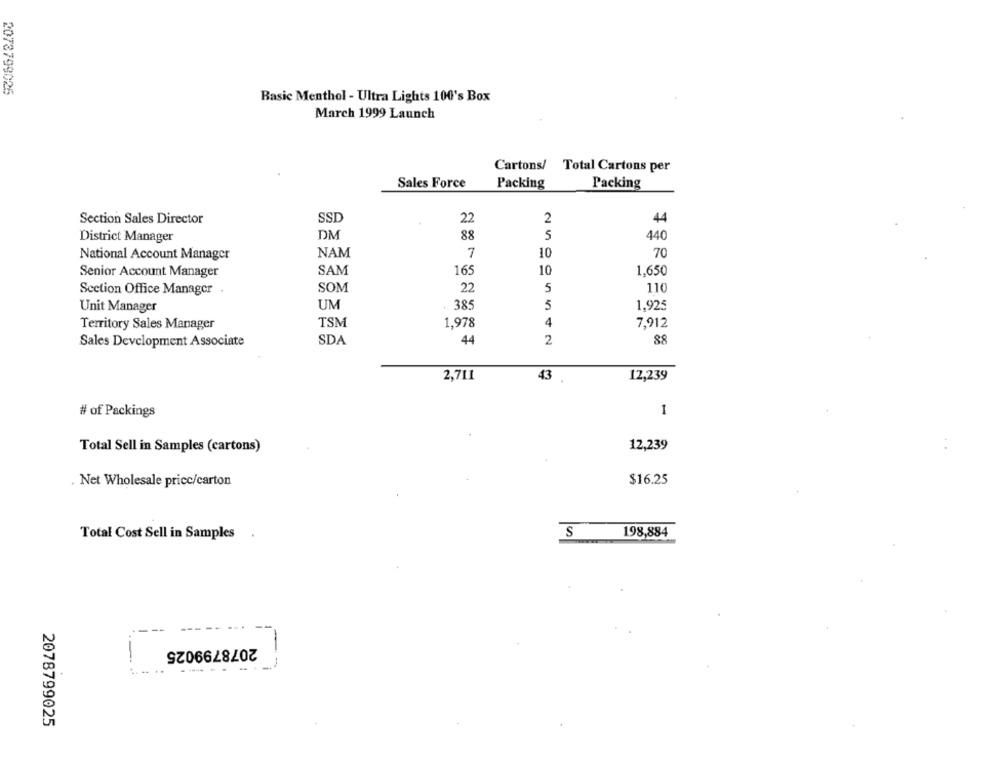
2078799025
Basic Menthol - Ultra Lights 100's Box
March 1999 Launch
Cartons/ Total Cartons per
Sales Force
Packing
Packing
Section Sales Director
SSD
22
2
44
DM
88
5
440
District Manager
National Account Manager
NAM
7
10
70
Senior Account Manager
SAM
165
10
1.650
SOM
22
5
11
Section Office Manager .
5
Unit Manager
UM
385
1.925
Territory Sales Manager
TSM
1,978
4
7,912
Sales Development Associate
SDA
44
2
88
2,711
43
12,239
1
# of Packings
Total Sell in Samples (cartons)
12,239
. Net Wholesale price/carton
$16.25
198,884
Total Cost Sell in Samples
S
2078799025
--
2078799025